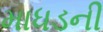
માધડની